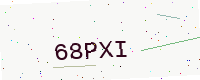
Text: 68PXI